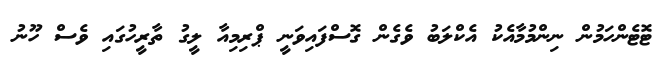
ޓޮޓެންހަމުން ނިންމުމާއެކު އެކްލަބު ވެގެން ގޮސްފައިވަނީ ޕްރިމިއާ ލީގު ތާރީހުގައި ވެސް ހޫނު